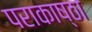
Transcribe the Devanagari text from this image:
पराकाष्‍ठा